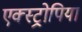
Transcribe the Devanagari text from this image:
एक्स्ट्रोपिया